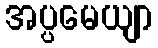
အပ္ပမေယျာ